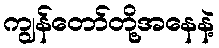
ကျွန်တော်တို့အနေနဲ့